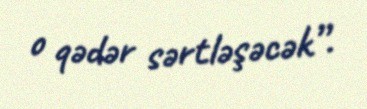
o qədər sərtləşəcək”.